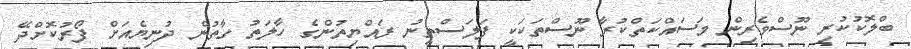
ބްލޮކުކުރި ނޫސްވެރިން މަސައްކަތްކުރާ ނޫސްތަކަކީ ފަލަސްތީނު ރައްޔިތުންގެ ހާލަތު ގާތުން ދުނިޔެއަށް ފޯރުކޮށްދޭ